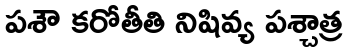
పశౌ కరోతీతి నిషివ్య పశ్చాత్ర